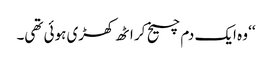
‘‘ وہ ایک دم چیخ کر اٹھ کھڑی ہوئی تھی۔